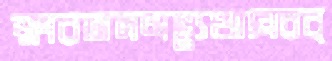
ক্ষারজলঅভ্যুত্থানেরব্